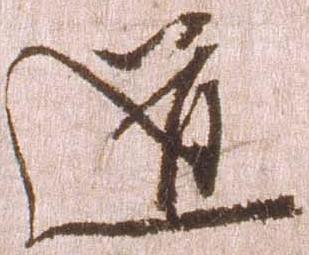
道